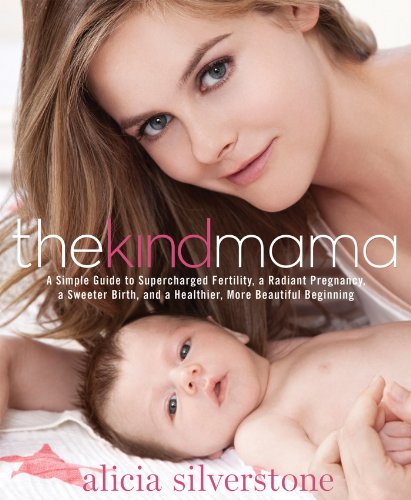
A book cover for The Kind Mama: A Simple Guide to Supercharged Fertility, a Radiant Pregnancy, a Sweeter Birth, and a Healthier, More Beautiful Beginning; Alicia Silverstone; Parenting & Relationships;